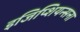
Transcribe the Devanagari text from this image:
इजिप्शियन्सना